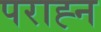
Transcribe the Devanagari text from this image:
पराह्न